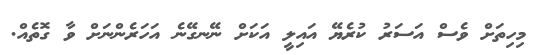
މިހިތަށް ވެސް އަސަރު ކުރެޔޭ އައިލީ އަކަށް ނޭނގޭނެ އަހަރެންނަށް ވާ ގޮތެއް.